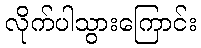
လိုက်ပါသွားကြောင်း